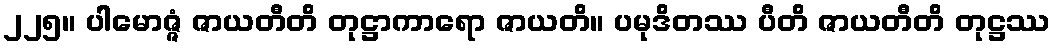
၂၂၅။ ပါမောဇ္ဇံ ဇာယတီတိ တုဋ္ဌာကာရော ဇာယတိ။ ပမုဒိတဿ ပီတိ ဇာယတီတိ တုဋ္ဌဿ